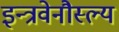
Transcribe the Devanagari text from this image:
इन्त्रवेनौस्ल्य